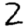
Digit: 2